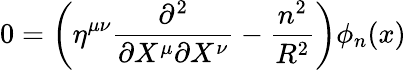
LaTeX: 0=\left(\eta^{\mu\nu}\frac{\partial^{2}}{\partial X^{\mu}\partial X^{\nu}}-\frac{n^{2}}{R^{2}}\right)\phi_{n}(x)